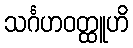
သင်္ဂဟဝတ္ထူဟိ